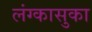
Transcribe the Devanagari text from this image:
लंग्कासुका